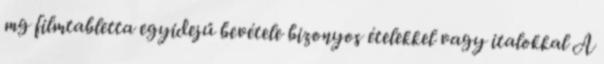
mg filmtabletta egyidejű bevétele bizonyos ételekkel vagy italokkal A